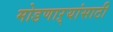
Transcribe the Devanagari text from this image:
मोडणाऱ्यांसाठी